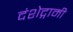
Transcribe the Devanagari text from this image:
दंशेद्गामी